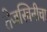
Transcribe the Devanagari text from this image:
तेजस्विनीचा